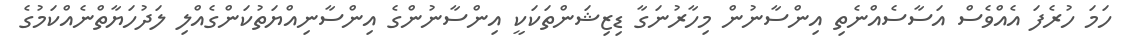
ހަމަ ހުރެފަ އެއްވެސް އަސާސެއްނެތި އިންސާނުން މިހާރުނަގާ ޑިޒިޝަންތަކަކީ އިންސާނުންގެ އިންސާނިއްޔަތުކަންގެއްލި ލަދުހަޔާތްނެއްކަމުގެ